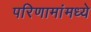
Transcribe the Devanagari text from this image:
परिणामांमध्ये